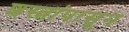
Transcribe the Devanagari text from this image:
शस्त्रांपासून